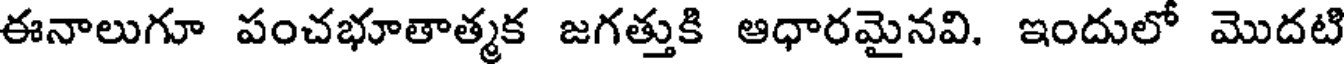
ఈనాలుగూ పంచభూతాత్మక జగత్తుకి ఆధారమైనవి. ఇందులో మొదటి